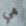
هي